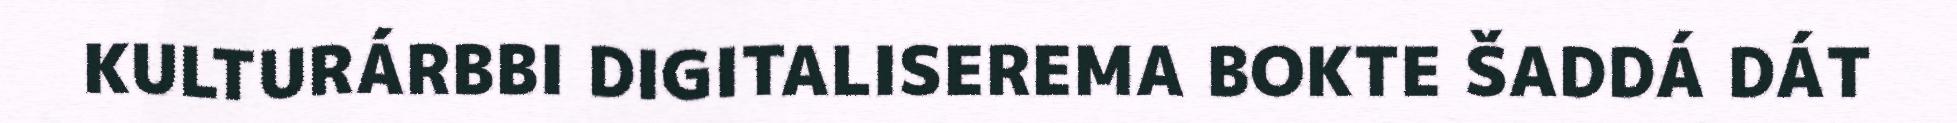
KULTURÁRBBI DIGITALISEREMA BOKTE ŠADDÁ DÁT